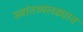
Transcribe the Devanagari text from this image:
स्वांतत्र्यलढ्यात